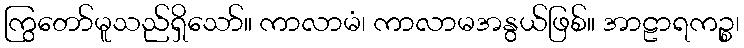
ကြွတော်မူသည်ရှိသော်။ ကာလာမံ၊ ကာလာမအနွယ်ဖြစ်။ အာဠာရကဉ္စ၊